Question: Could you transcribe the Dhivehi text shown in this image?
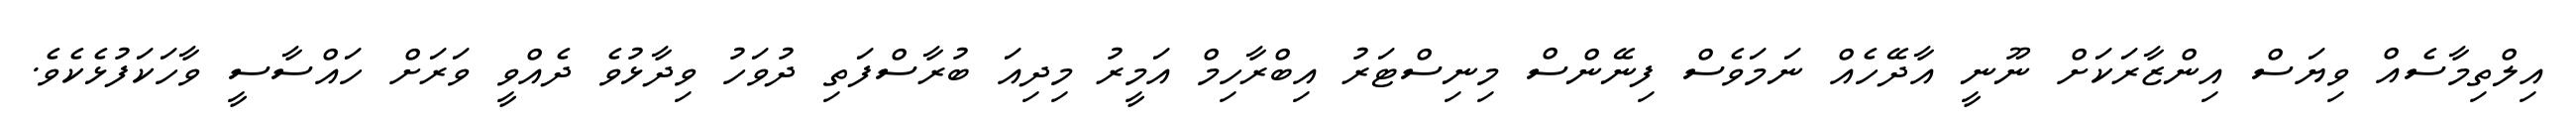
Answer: އިލްތިމާސެއް ވިޔަސް އިންޒާރަކަށް ނޫނީ އާދޭހެއް ނަމަވެސް ފިނޭންސް މިނިސްޓަރު އިބްރާހިމް އަމީރު މިދިއަ ބުރާސްފަތި ދުވަހު ވިދާޅުވެ ދެއްވީ ވަރަށް ހައްސާސީ ވާހަކަފުޅެކެވެ.